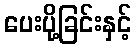
ပေးပို့ခြင်းနှင့်